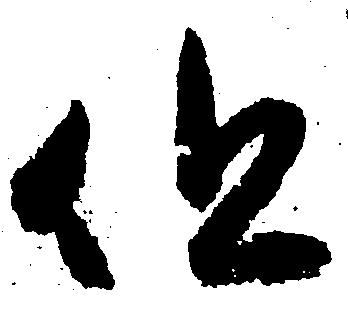
但